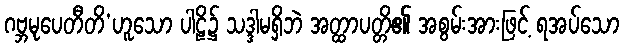
ဂဗ္ဘမုပေတီတိ’ဟူသော ပါဠိ၌ သဒ္ဒါမရှိဘဲ အတ္ထာပတ္တိ၏ အစွမ်းအားဖြင့် ရအပ်သော